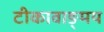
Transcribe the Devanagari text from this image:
टीकावाङ्मय